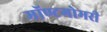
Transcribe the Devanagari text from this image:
मॉण्टगोमरी